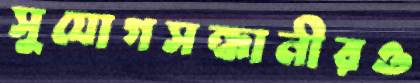
সুযোগসন্ধানীরও